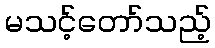
မသင့်တော်သည့်